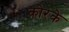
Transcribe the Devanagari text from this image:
कोरके